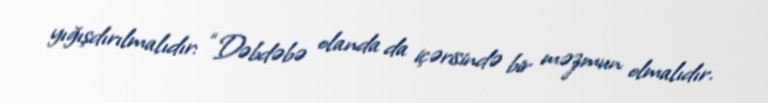
yığışdırılmalıdır: “Dəbdəbə olanda da içərisində bir məzmun olmalıdır.